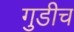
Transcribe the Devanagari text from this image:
गुडीच